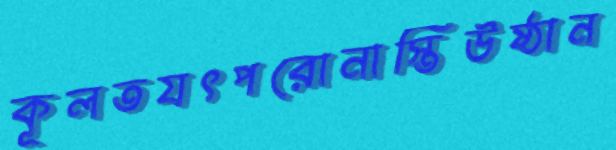
কূলতযৎপরোনাস্তিউষ্ঠান